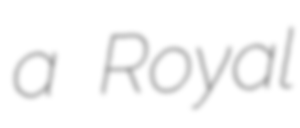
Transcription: a Royal